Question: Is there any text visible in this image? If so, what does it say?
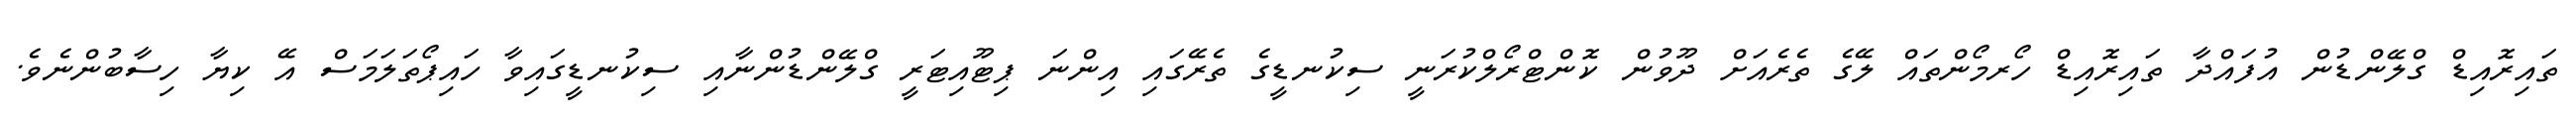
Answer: ތައިރޮއިޑް ގްލޭންޑުން އުފައްދާ ތައިރޮއިޑް ހޯރމޯންތައް ލޭގެ ތެރެއަށް ދޫވުން ކޮންޓްރޯލްކުރަނީ ސިކުނޑީގެ ތެރޭގައި އިންނަ ޕިޓޫއިޓަރީ ގްލޭންޑުންނާއި ސިކުނޑީގައިވާ ހައިޕޯތަލަމަސް އޭ ކިޔާ ހިސާބުންނެވެ.